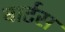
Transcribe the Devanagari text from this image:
वार्टस